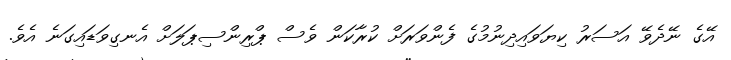
އޭގެ ނޭދެވޭ އަސަރު ކިޔަވައިދިނުމުގެ ފެންވަރަށް ކުރާކަން ވެސް ޕްރިންސިޕަލަށް އެނގިވަޑައިގަނެ އެވެ.